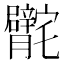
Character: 𰍣